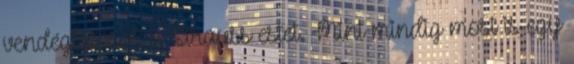
vendéglátósok a Strauss estet. Mint mindig most is egy